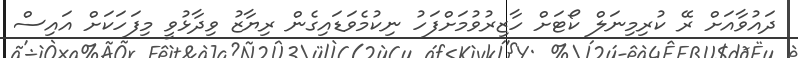
ދައުވާއަށް ރޭ ކުރިމިނަލް ކޯޓަށް ހާޒިރުވުމަށްފަހު ނިކުމެވަޑައިގެން ރިޔާޒު ވިދާޅުވީ މިފަހަކަށް އައިސް